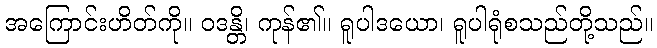
အကြောင်းဟိတ်ကို။ ဝဒန္တိ၊ ကုန်၏။ ရူပါဒယော၊ ရူပါရုံစသည်တို့သည်။